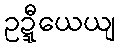
ဥဍ္ဍီယေယျ